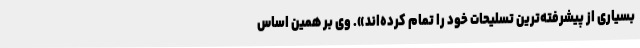
بسیاری از پیشرفته‌ترین تسلیحات خود را تمام کرده‌اند». وی بر همین اساس